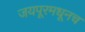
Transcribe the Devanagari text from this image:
जयपूरमधूनच